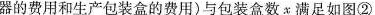
器的费用和生产包装盒的费用)与包装盒数x满足如图②